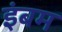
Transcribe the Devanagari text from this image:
इंबम